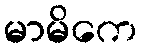
မာမိကေ